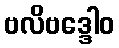
ဗလိဗဒ္ဒေါဝ